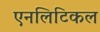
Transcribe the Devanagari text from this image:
एनलिटिकल